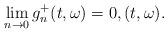
LaTeX: \begin{align*}\lim_{n\rightarrow 0} g_{n}^{+}(t,\omega) = 0 , (t,\omega).\end{align*}